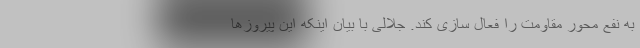
به نفع محور مقاومت را فعال سازی کند. جلالی با بیان اینکه این پیروزها